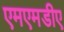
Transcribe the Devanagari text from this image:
एमएमडीए